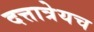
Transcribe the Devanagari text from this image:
दत्तात्रेयच